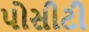
પોસીટી